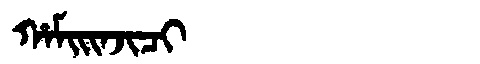
Manchu: ᡥᠠᠮᡳᡳᠨᠵᡳᠴᡳ
Romanization: HAMIINJICI